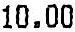
10.00